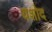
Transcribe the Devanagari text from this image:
यशोद